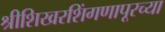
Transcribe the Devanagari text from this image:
श्रीशिखरशिंगणापूरच्या